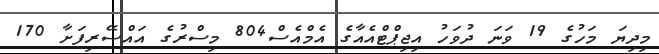
މިދިޔަ މަހުގެ 19 ވަނަ ދުވަހު އިޖިޕްޓްއެއާގެ އެމްއެސް804 މިސްރުގެ އައްސޭރިފަށާ 170